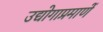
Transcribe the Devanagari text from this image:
उद्योगाप्रमाणें